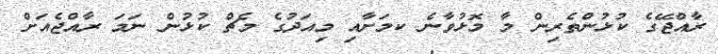
ރާއްޖޭގެ ކުޅުންތެރިން މާ މޮޅުވާނެ ކމަށާއި މިއަދުގެ މެޗް ކުޅުން ނަމަ ރާއްޖެއަށް